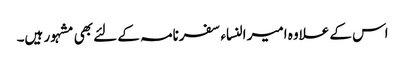
اس کے علاوہ امیر النساء سفرنامہ کے لئے بھی مشہور ہیں۔